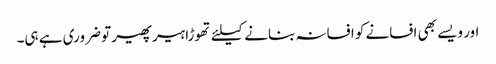
اور ویسے بھی افسانے کو افسانہ بنانے کیلئے تھوڑا ہیر پھیر تو ضروری ہے ہی۔